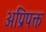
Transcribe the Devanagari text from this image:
अप्रिपक्त